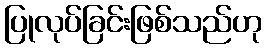
ပြုလုပ်ခြင်းဖြစ်သည်ဟု